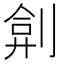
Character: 𠝢